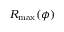
R _ { \operatorname* { m a x } } ( \phi )